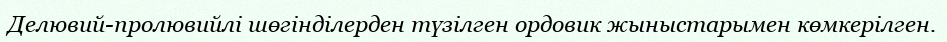
Делювий-пролювийлі шөгінділерден түзілген ордовик жыныстарымен көмкерілген.